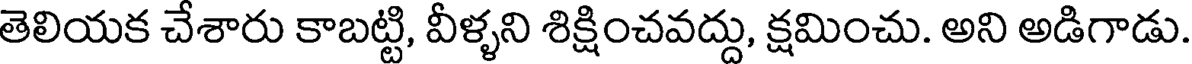
తెలియక చేశారు కాబట్టి, వీళ్ళని శిక్షించవద్దు, క్షమించు. అని అడిగాడు